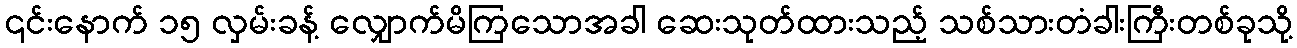
၎င်းနောက် ၁၅ လှမ်းခန့် လျှောက်မိကြသောအခါ ဆေးသုတ်ထားသည့် သစ်သားတံခါးကြီးတစ်ခုသို့